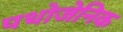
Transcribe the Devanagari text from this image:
पथोजेनिक